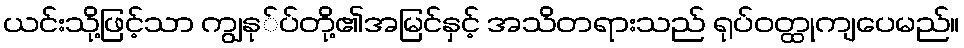
ယင်းသို့ဖြင့်သာ ကျွနု်ပ်တို့၏အမြင်နှင့် အသိတရားသည် ရုပ်ဝတ္ထုကျပေမည်။